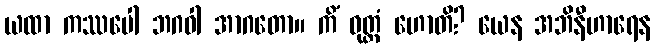
ယထာ ကဿပေါ ဘဂဝါ အာဂတော။ ကိံ ဝုတ္တံ ဟောတိ? ယေန အဘိနီဟာရေန